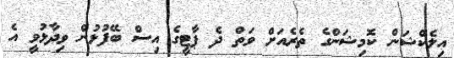
އިލެކްޝަން ކޮމިޝަންގެ ތެރެއަށް ވަތް ދެ ޕާޓީގެ އިސް ބޭފުޅުން ވިދާޅުވީ އެ